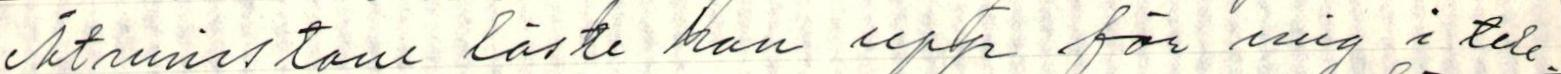
Åtminstone läste han upp för mig i tele-